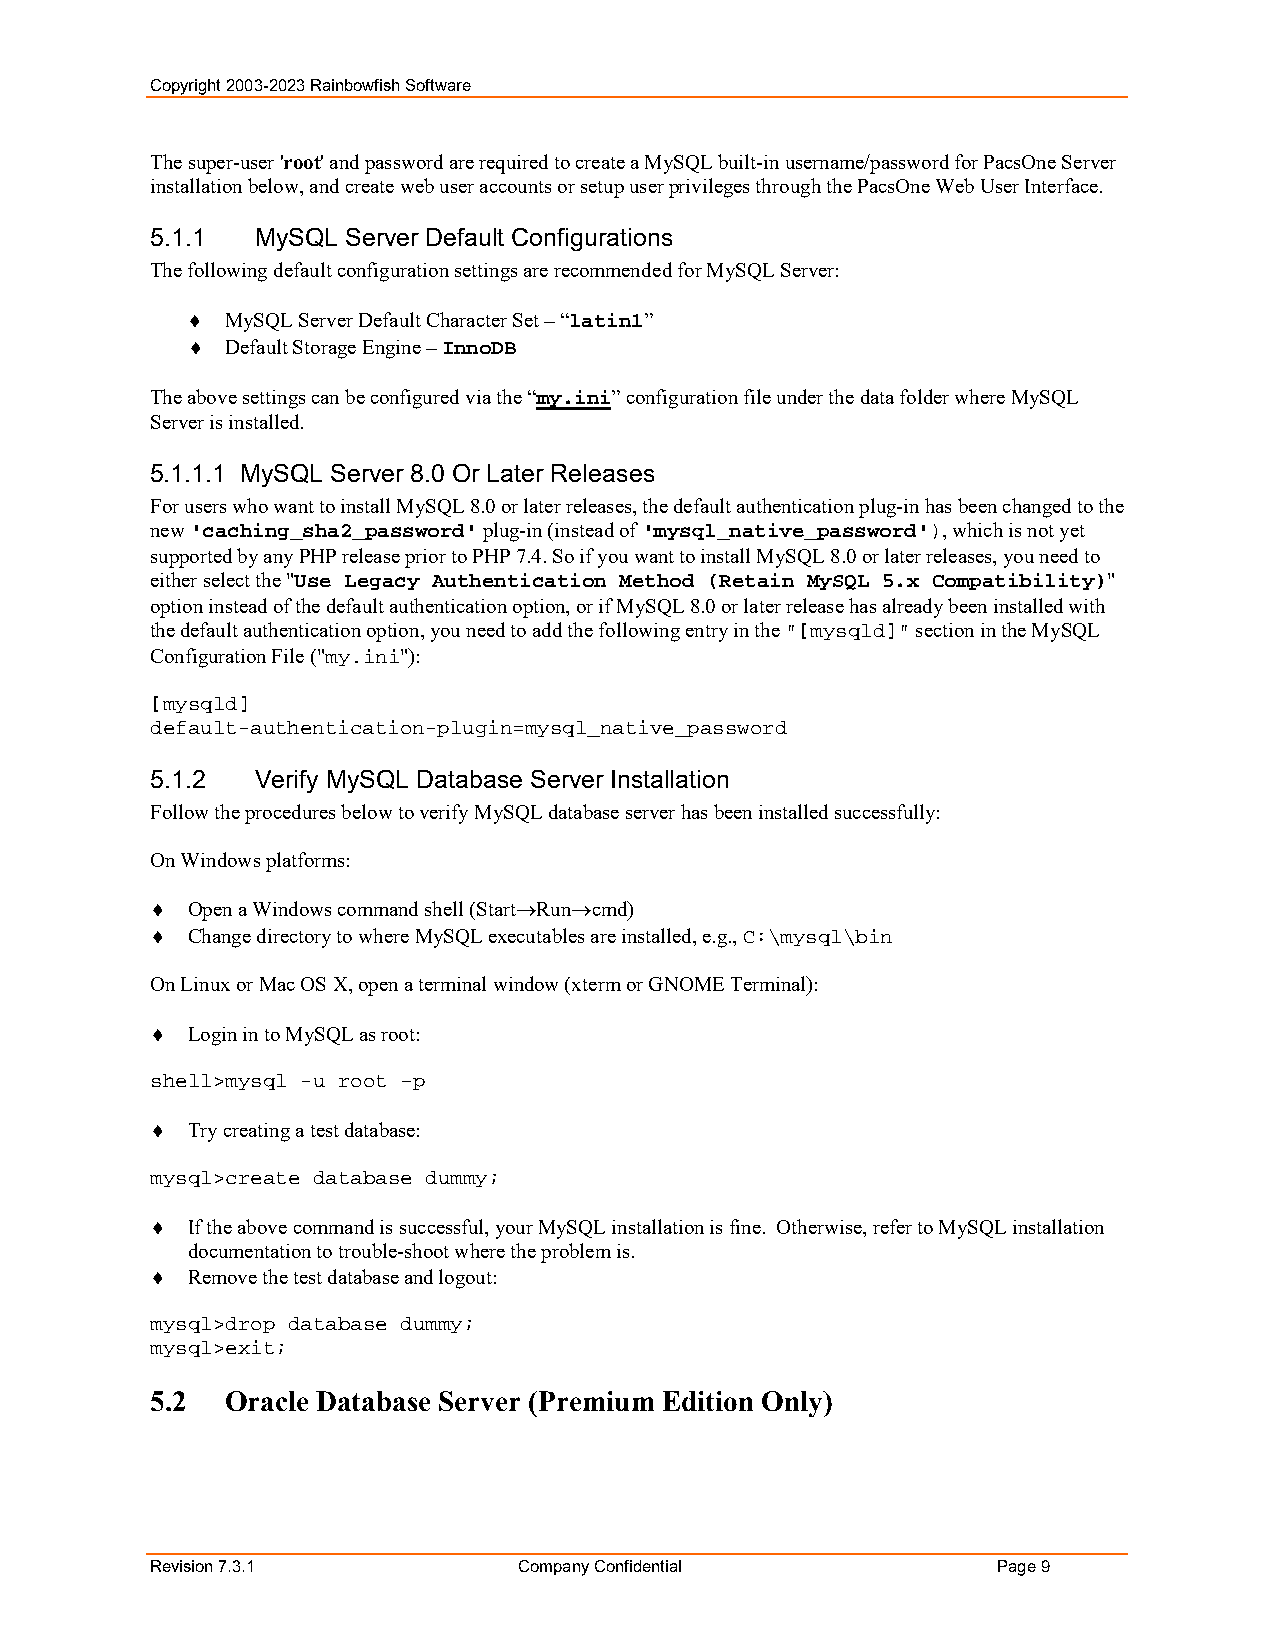
Copyright 2003-2023 Rainbowfish Software
 The super-user 'root' and password are required to create a MySQL built-in username/password for PacsOne Server
 installation below, and create web user accounts or setup user privileges through the PacsOne Web User Interface.
 5.1.1  MySQL Server Default Configurations
 The following default configuration settings are recommended for MySQL Server:
   MySQL Server Default Character Set – “latin1”
   Default Storage Engine – InnoDB
 The above settings can be configured via the “my.ini” configuration file under the data folder where MySQL
 Server is installed.
 5.1.1.1 MySQL Server 8.0 Or Later Releases
 For users who want to install MySQL 8.0 or later releases, the default authentication plug-in has been changed to the
 new 'caching_sha2_password' plug-in (instead of 'mysql_native_password'), which is not yet
 supported by any PHP release prior to PHP 7.4. So if you want to install MySQL 8.0 or later releases, you need to
 either select the "Use Legacy Authentication Method (Retain MySQL 5.x Compatibility)"
 option instead of the default authentication option, or if MySQL 8.0 or later release has already been installed with
 the default authentication option, you need to add the following entry in the "[mysqld]" section in the MySQL
 Configuration File ("my.ini"):
 [mysqld]
 default-authentication-plugin=mysql_native_password
 5.1.2  Verify MySQL Database Server Installation
 Follow the procedures below to verify MySQL database server has been installed successfully:
 On Windows platforms:
  Open a Windows command shell (StartRuncmd)
  Change directory to where MySQL executables are installed, e.g., C:\mysql\bin
 On Linux or Mac OS X, open a terminal window (xterm or GNOME Terminal):
  Login in to MySQL as root:
 shell>mysql -u root –p
  Try creating a test database:
 mysql>create database dummy;
  If the above command is successful, your MySQL installation is fine. Otherwise, refer to MySQL installation
 documentation to trouble-shoot where the problem is.
  Remove the test database and logout:
 mysql>drop database dummy;
 mysql>exit;
 5.2  Oracle Database Server (Premium Edition Only)
 Revision 7.3.1          Company Confidential            Page 9